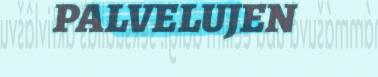
PALVELUJEN